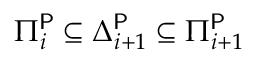
\Pi _ { i } ^ { \mathsf { P } } \subseteq \Delta _ { i + 1 } ^ { \mathsf { P } } \subseteq \Pi _ { i + 1 } ^ { \mathsf { P } }